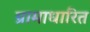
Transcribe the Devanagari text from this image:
ग्रामाधारित